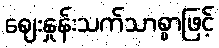
ဈေးနှုန်းသက်သာစွာဖြင့်